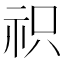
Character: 𮁦